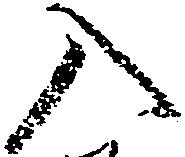
入